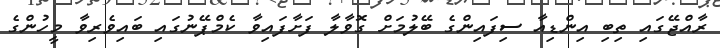
ރާއްޖޭގައި ތިބި އިންޑިއާ ސިފައިންގެ ބޭލުމަށް ގޮވާލާ ފަށާފައިވާ ކެމްޕޭނުގައި ބައިވެރިވާ މީހުންގެ